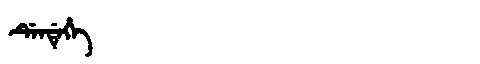
Manchu: ᡩᡝᠨᡩᡝᡥᡝ
Romanization: DENDEHE